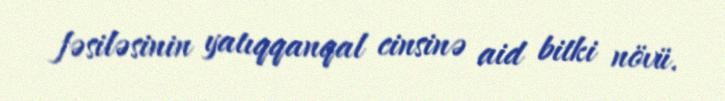
fəsiləsinin yatıqqanqal cinsinə aid bitki növü.